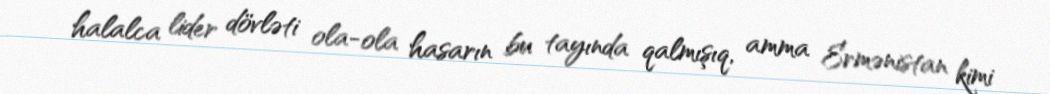
halalca lider dövləti ola-ola hasarın bu tayında qalmışıq, amma Ermənistan kimi